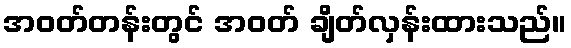
အဝတ်တန်းတွင် အဝတ် ချိတ်လှန်းထားသည်။